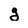
Character: g